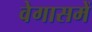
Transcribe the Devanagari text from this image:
वेगासमें